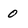
Character: O